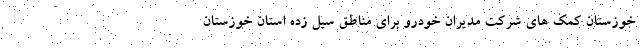
خوزستان کمک های شرکت مدیران خودرو برای مناطق سیل زده استان خوزستان